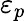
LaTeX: \varepsilon_{p}